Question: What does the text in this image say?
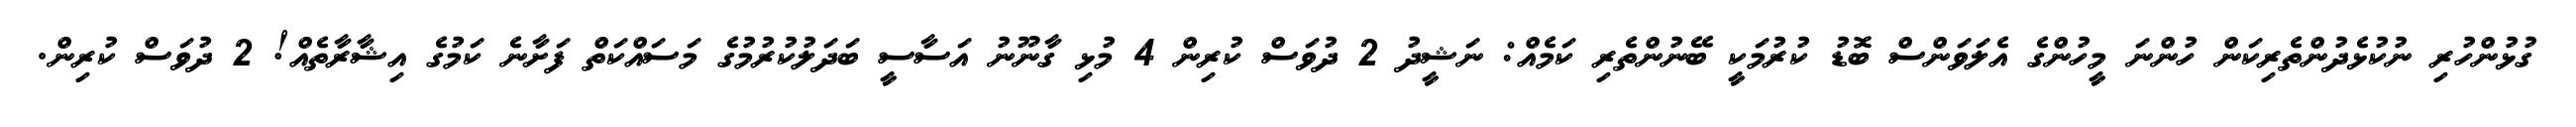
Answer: ގުޅުންހުރި ނުކުޅެދުންތެރިކަން ހުންނަ މީހުންގެ އެލަވަންސް ބޮޑު ކުރުމަކީ ބޭނުންތެރި ކަމެއް: ނަޝީދު 2 ދުވަސް ކުރިން 4 މުޅި ގާނޫނު އަސާސީ ބަދަލުކުރުމުގެ މަސައްކަތް ފަށާނެ ކަމުގެ އިޝާރާތެއް! 2 ދުވަސް ކުރިން.